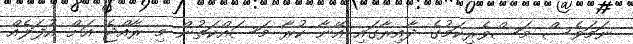
ނަމަވެސް މަސްވެރިކަމުގެ ދާއިރާގައި އޭނާ ކުރާ މަސައްކަތުން މި ރާއްޖެ އަށް އުފަލެއް